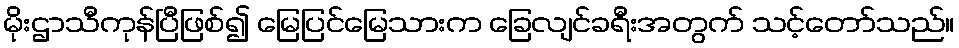
မိုးဌာသီကုန်ပြီဖြစ်၍ မြေပြင်မြေသားက ခြေလျင်ခရီးအတွက် သင့်တော်သည်။